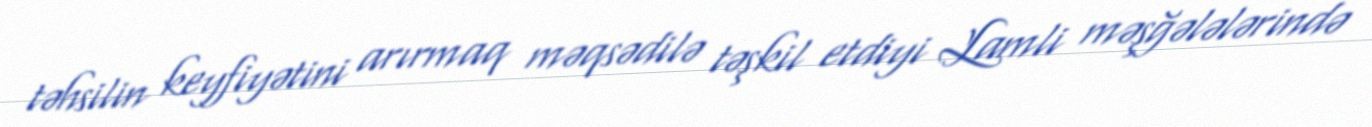
təhsilin keyfiyətini arırmaq məqsədilə təşkil etdiyi Lamli məşğələlərində